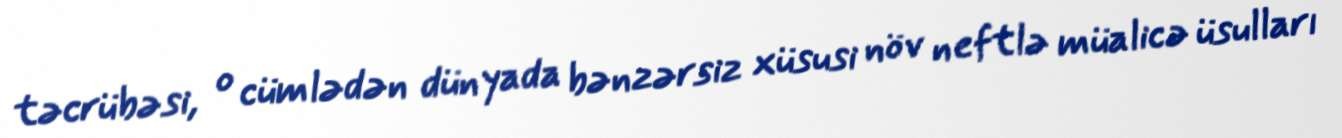
təcrübəsi, o cümlədən dünyada bənzərsiz xüsusi növ neftlə müalicə üsulları